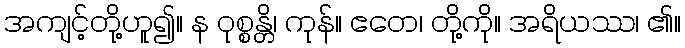
အကျင့်တို့ဟူ၍။ န ဝုစ္စန္တိ၊ ကုန်။ ဧတေ၊ တို့ကို။ အရိယဿ၊ ၏။